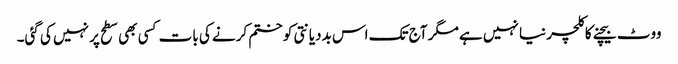
ووٹ بیچنے کا کلچر نیا نہیں ہے مگر آج تک اس بددیانتی کو ختم کرنے کی بات کسی بھی سطح پر نہیں کی گئی۔